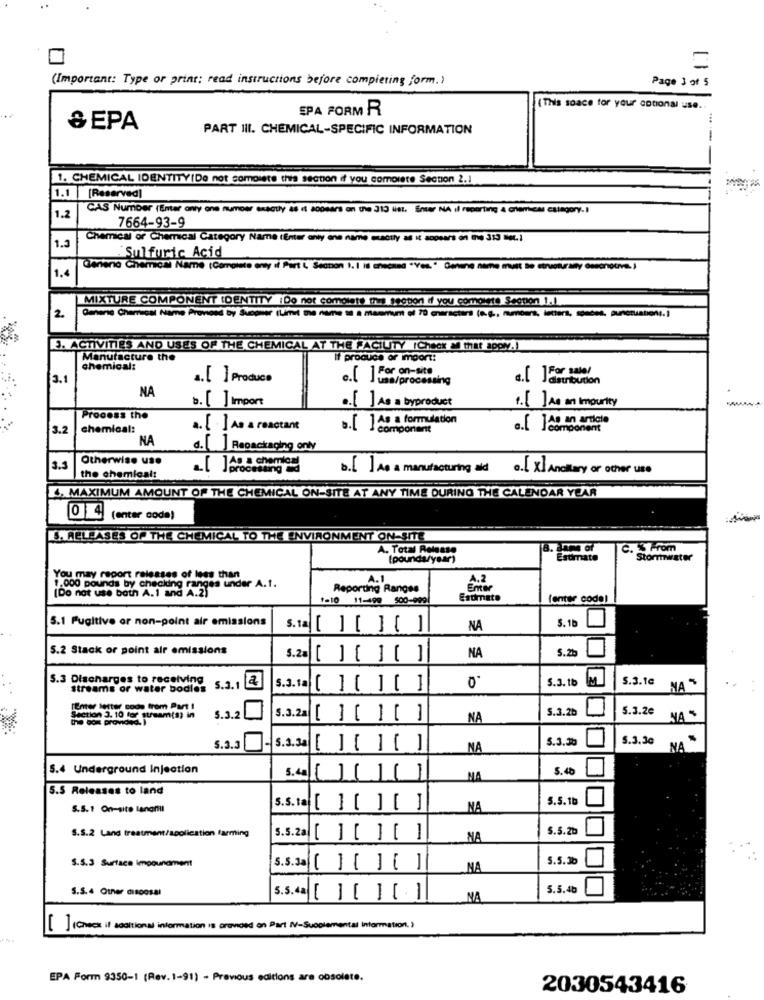
(Important: Type or print; read instructions before completing form.)
Page 3 of 5
SPA FORM R
(This space for your cotional use ..
& EPA
PART III. CHEMICAL-SPECIFIC INFORMATION
1. CHEMICAL IDENTITY(De not compiere this section if you complete Section 2.1
1.1
[Reserved]
CAS Number (Enter only one numrows capotly as it sopeers on the 313 list. Ener NA il reporting & chemical category. I
1.2
7664-93-9
1.3
Chemical of Chemical Category Name (Enter enty ene name exactly as it appears on the 313 met.1
Sulfuric Acid
1.4
Genena Chemical Name (Comointe ony di Part L Section 1. I is ensčssd "Yes." Genune name must Be structurally deepnotre. )
MIXTURE COMPONENT IDENTITY :Do not complete this section if you comointe Secpor 1.1
2.
Omnene Chemical Name Provosd by Svogner (Limit the name ta a Masmum of 70 characters (e.g ., numbers, lecters, spedes, punctuation. ]
3. ACTIVITIES AND USES OF THE CHEMICAL AT THE FACILITY (Check all that aporv.)
Manufacture the
If produce of import:
chemical:
c.[ ] For sale
3.1
4.[ ] Produce
e.[ ] For on-site
usa/processing
distribution
NA
b. [ ] Import
.. []on an Impurity
.. [ ] As a byproduct
Process the
.. [ ] As a formulation
.. [ ]As an article
3.2
chemical:
. [ ] As a reactant
comportant
component
NA
d.[ ] Repackaging only
Otherwise us.
3.2
b. [ ] As a manufacturing ald
.[ x] Ancilary or other use
the chemical:
4. MAXIMUM AMOUNT OF THE CHEMICAL ON-SITE AT ANY TIME DURING THE CALENDAR YEAR
0 4 (enter code)
S. RELEASES OF THE CHEMICAL TO THE ENVIRONMENT ON-SITE
A. Total Release
B. Jame Of
C. % From
(pounda/year)
Estimate
Stormwater
You may report ralesses of less than
A.1
A.2
[Do not use both A.1 and A.2)
1.000 pounds by checking ranges under A.1.
Reporting Ranges
1-10 11-499 900-999
Estimate
fenter codal
5.1 Fugitive or non-point air emissions
5.1b
s.tal[ ] [ ] [ ]
NA
5.2 Stack or point air emissions
5. 2h
5.20 [ ] [ ] [ ]
NA
5.3 Discharges to receiving
5.3.1b
5.3.1c
NA $
streams or water bodies
5.3. 1
$.3. 10 [ ] [ ] [ ]
0
TEmer letter code from Part !
5.3.2a
5.3.2b
5.3.2e
Section 3. 10 for atsam(s) in
5.3.2
[ ][ ][ ]
NA
NA S
5.3.30
5.3.30
5.3.3
NA
NA
5.4 Underground Injection
5.40
-
S. 48
MA
5.5 Releases to land
5.5.1b
S.S.1 On-site lanantil
S.S. 10[ ][ ][ ]
NA
S.S.2 Land treatment/application farming
5.5.2al
S.5.2b
[][ ] [ ]
NA
S.S.3 Surface Impounement
5.5.3b
5.5.3|[ ] [] []
NA
S.S.4 Other disposal
5.5.4b
S.5. 40[ ] [ ] []
NA
[ ] (Check if socitional information is provided on Part IV-Supplemental information. )
EPA Form 9350-1 (Rev. 1-91) - Previous editions are obsolate.
2030543416